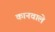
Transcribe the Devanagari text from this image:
कानवाले